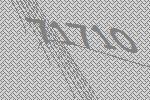
71710